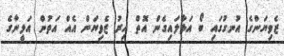
ޒެވިޔަންގެ އުނގުގައި ބޯ އަޅާލައިގެން އޮތް އިރު ޒެވިޔަން އެއް އަތުން އަލީނާގެ